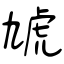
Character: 虓